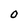
Character: O